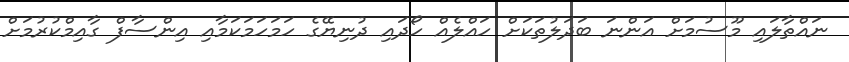
ނައްތާލައި މޫސުމަށް އަންނަ ބަދަލުތަކަށް ހައްލެއް ހޯދައި ދުނިޔޭގެ ހަމަހަމަކަމާއި އިންސާފް ގާއިމްކުރުމަށް